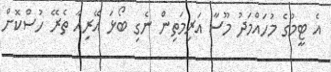
އެ ޓީމުގެ މުހައްމަދު މޫސާ އަރިމަތިން ނެގި ބޯޅަ އޭރިއާ ތެރޭ ހުސްކޮށް